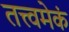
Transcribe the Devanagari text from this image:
तत्त्वमेकं